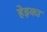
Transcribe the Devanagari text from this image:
हेइका